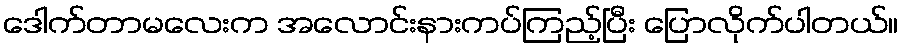
ဒေါက်တာမလေးက အလောင်းနားကပ်ကြည့်ပြီး ပြောလိုက်ပါတယ်။